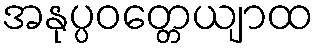
အနုပ္ပဝတ္တေယျာထ